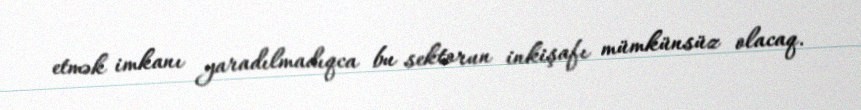
etmək imkanı yaradılmadıqca bu sektorun inkişafı mümkünsüz olacaq.